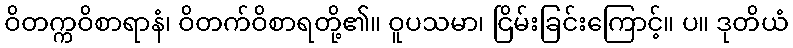
ဝိတက္ကဝိစာရာနံ၊ ဝိတက်ဝိစာရတို့၏။ ဝူပသမာ၊ ငြိမ်းခြင်းကြောင့်။ ပ။ ဒုတိယံ